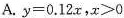
A. $$y=0.12x$$，$$x>0$$